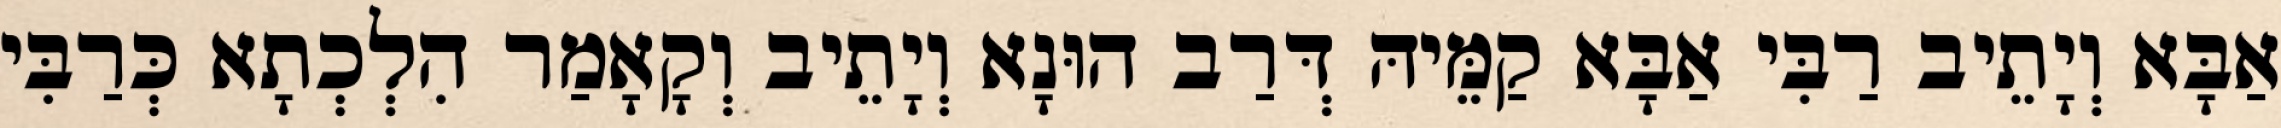
אַבָּא וְיָתֵיב רַבִּי אַבָּא קַמֵּיהּ דְּרַב הוּנָא וְיָתֵיב וְקָאָמַר הִלְכְתָא כְּרַבִּי